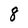
Character: 8